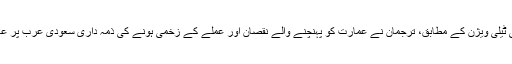
ریاستی ٹیلی ویژن کے مطابق، ترجمان نے عمارت کو پہنچنے والے نقصان اور عملے کے زخمی ہونے کی ذمہ داری سعودی عرب پر عائد کی۔